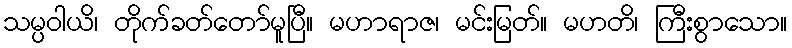
သမ္ပဝါယိ၊ တိုက်ခတ်တော်မူပြီ။ မဟာရာဇ၊ မင်းမြတ်။ မဟတိ၊ ကြီးစွာသော။